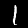
Label: 1